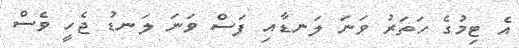
އެ ޓިމުގެ ހަތަރު ވަނަ ލަނޑާއި ފަސް ވަނަ ލަނޑު ޖެހީ ވެސް